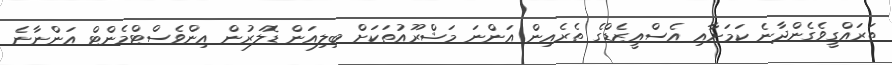
ތަރައްގީވެގެންދާނެ ކަމަށާއި އެސްއީޒެޑްގެ ތެރެއިން އަންނަ މަޝްރޫއުތަކަށް ބިލިއަން ޑޮލަރުން އިންވެސްޓްމެންޓް އަންނާނެ